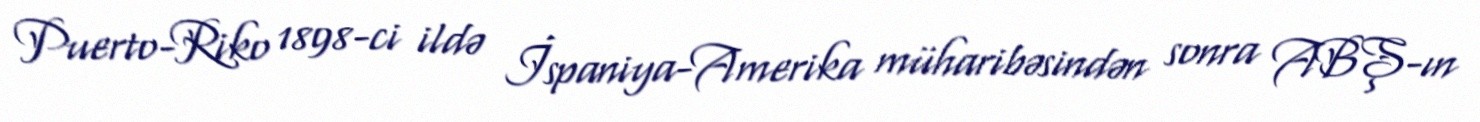
Puerto-Riko 1898-ci ildə İspaniya-Amerika müharibəsindən sonra ABŞ-ın